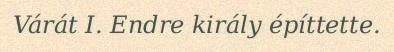
Várát I. Endre király építtette.